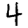
Digit: 4